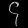
Digit: ၄